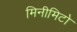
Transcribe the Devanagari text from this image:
मिनीमिटो